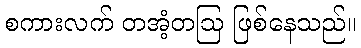
စကားလက် တအံ့တဩ ဖြစ်နေသည်။